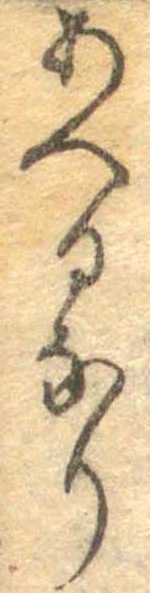
あへるなり